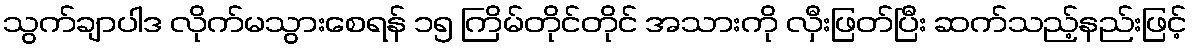
သွက်ချာပါဒ လိုက်မသွားစေရန် ၁၅ ကြိမ်တိုင်တိုင် အသားကို လှီးဖြတ်ပြီး ဆက်သည့်နည်းဖြင့်